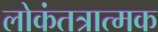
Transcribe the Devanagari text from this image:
लोकंतत्रात्मक